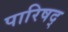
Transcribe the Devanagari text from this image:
पारिषद्